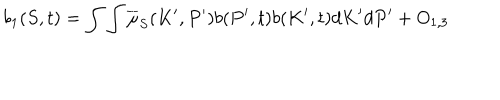
b _ { 1 } ( S , t ) = \int \int \overline { { { \mu } } } _ { S } ( K ^ { \prime } , P ^ { \prime } ) b ( P ^ { \prime } , t ) b ( K ^ { \prime } , t ) d K ^ { \prime } d P ^ { \prime } + O _ { 1 , 3 }